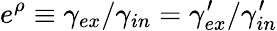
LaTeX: e^{\rho}\equiv\gamma_{ex}/\gamma_{in}=\gamma_{ex}^{\prime}/\gamma_{in}^{\prime}